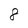
Character: 8